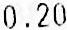
0.20